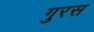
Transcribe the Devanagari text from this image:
गुरस